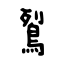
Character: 鴷